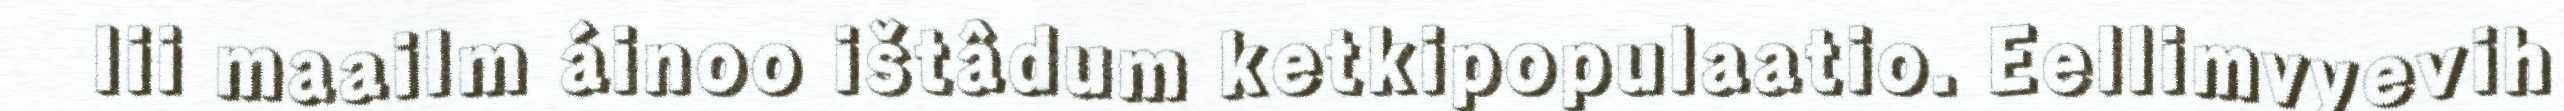
lii maailm áinoo ištâdum ketkipopulaatio. Eellimvyevih